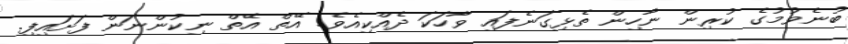
ބުނެވުމުގެ ކުރިން ނާހިން ތެޅިގަނެފައި ވާހަކަ ދެއްކިއެވެ. އޭތް އޭތް ނިކުންނަން ފަށައިފި.